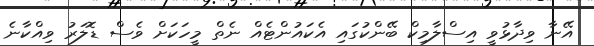
އޭނާ ވިދާޅުވީ އިސްލާމިކް ބޭންކުގައި އެކައުންޓެއް ނެތް މީހަކަށް ވެސް ޑޮލަރު ވިއްކާނެ